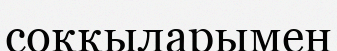
соққыларымен